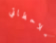
ملاحظاتي